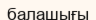
балашығы